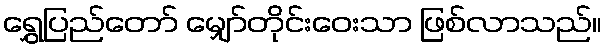
ရွှေပြည်တော် မျှော်တိုင်းဝေးသာ ဖြစ်လာသည်။